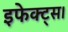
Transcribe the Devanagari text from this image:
इफेक्ट्स।